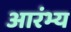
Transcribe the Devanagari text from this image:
आरंभ्य